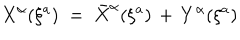
LaTeX: X ^ { \alpha } ( \xi ^ { a } ) \; = \; { \bar { X } } ^ { \alpha } ( \xi ^ { a } ) \, + \, Y ^ { \alpha } ( \xi ^ { a } )